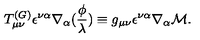
T _ { \mu \nu } ^ { ( G ) } \epsilon ^ { \nu \alpha } \nabla _ { \alpha } ( \frac \phi \lambda ) \equiv g _ { \mu \nu } \epsilon ^ { \nu \alpha } \nabla _ { \alpha } { \cal M } .